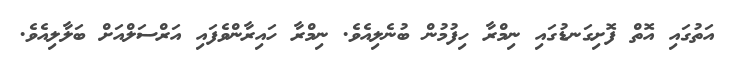
އަތުގައި އޮތް ފޮށިގަނޑުގައި ނިމްރާ ހިފުމުން ބުނެލިއެވެ. ނިމްރާ ހައިރާންވެފައި އަރްސަލްއަށް ބަލާލިއެވެ.